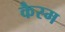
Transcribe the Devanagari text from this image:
कैस्म